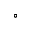
^ { \circ }